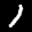
Label: 1